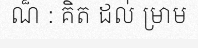
ណ៏ : គិត ដល់ ម្រាម